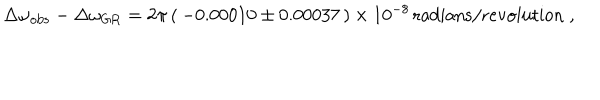
LaTeX: \Delta \omega _ { \mathrm { o b s } } - \Delta \omega _ { \mathrm { G R } } = 2 \pi \, ( \, - 0 . 0 0 0 1 0 \pm 0 . 0 0 0 3 7 \, ) \times 1 0 ^ { - 8 } \, \mathrm { r a d i a n s / r e v o l u t i o n } \; ,